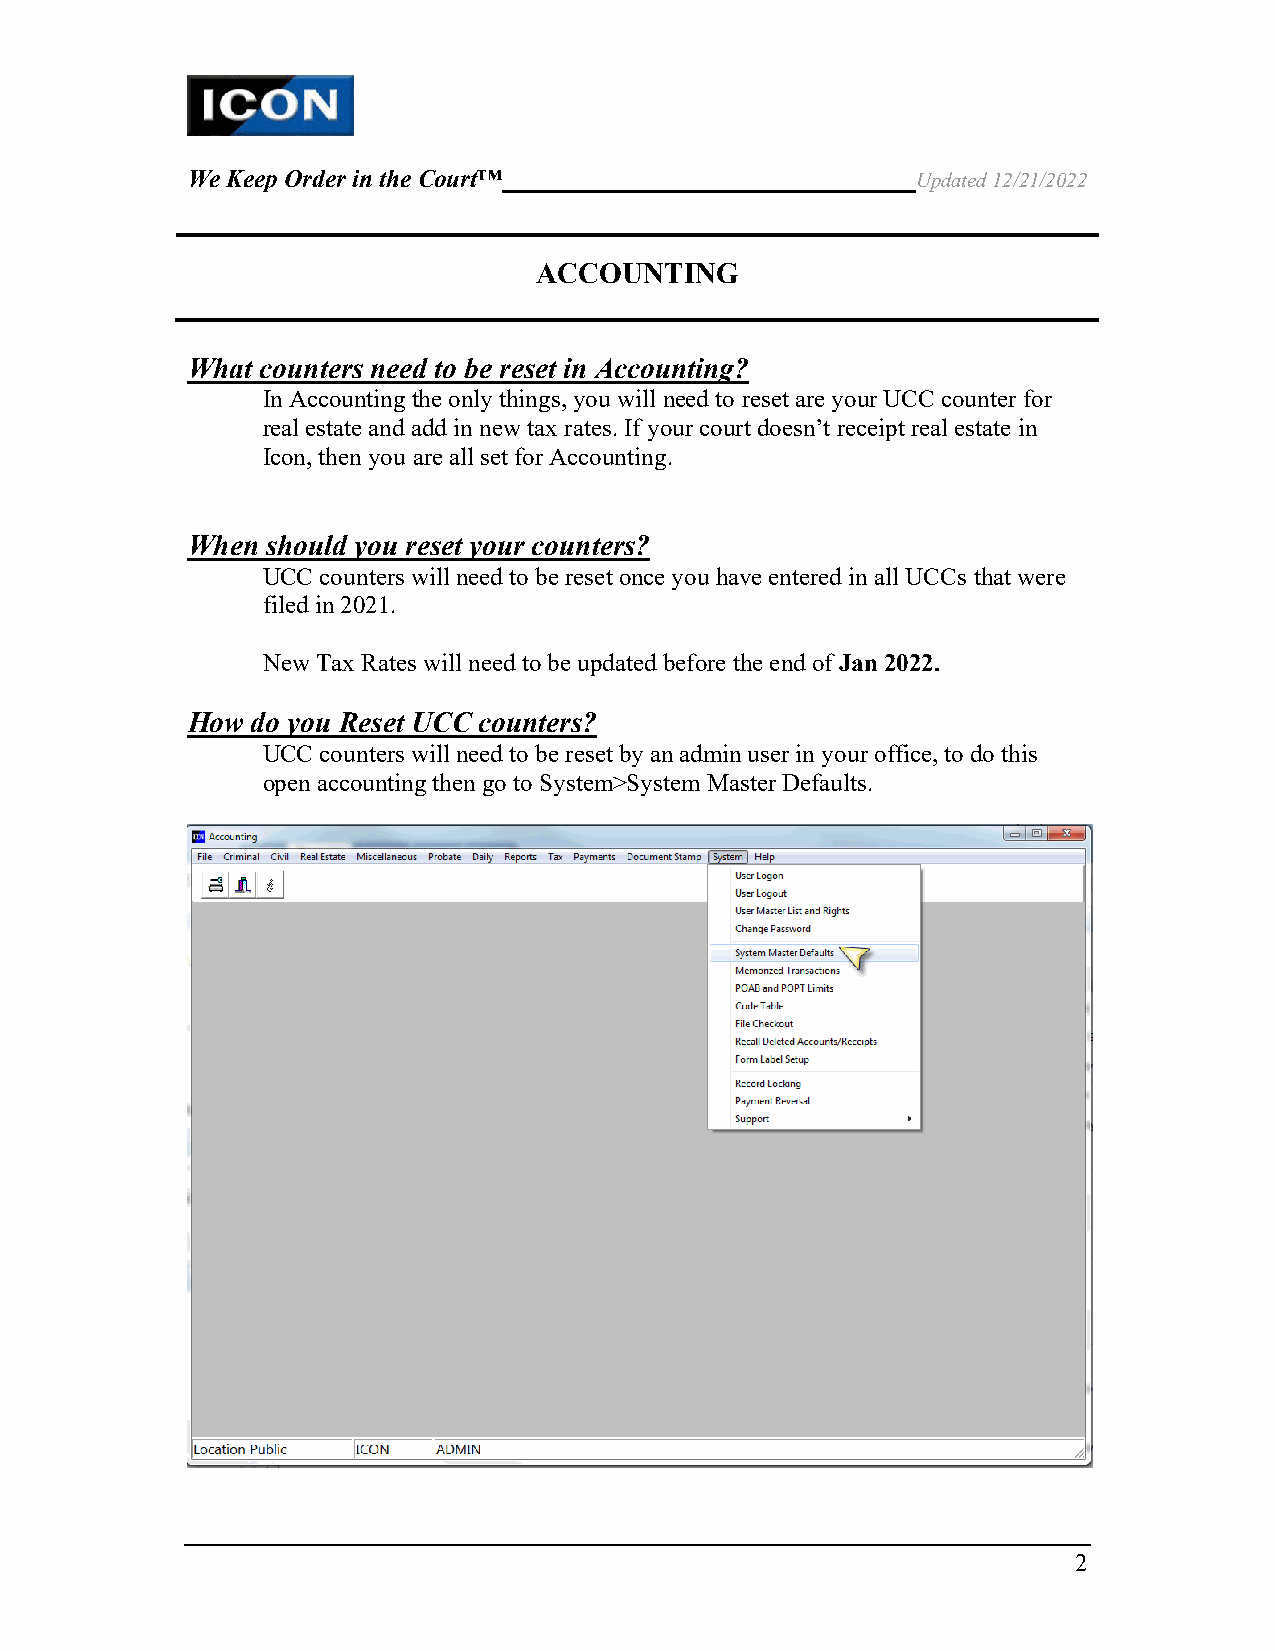
We Keep Order in the Court™                      Updated 12/21/2022
 ACCOUNTING
 What counters need to be reset in Accounting?
 In Accounting the only things, you will need to reset are your UCC counter for
 real estate and add in new tax rates. If your court doesn’t receipt real estate in
 Icon, then you are all set for Accounting.
 When  should you reset your counters?
 UCC counters will need to be reset once you have entered in all UCCs that were
 filed in 2021.
 New Tax Rates will need to be updated before the end of Jan 2022.
 How  do you Reset UCC counters?
 UCC counters will need to be reset by an admin user in your office, to do this
 open accounting then go to System>System Master Defaults.
 2